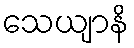
သေယျာနိ